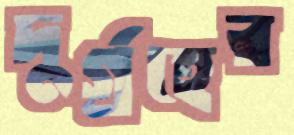
দুর্গ্রহের